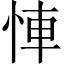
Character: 𢚷